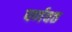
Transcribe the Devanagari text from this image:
पर्णवत